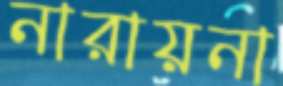
নারায়না